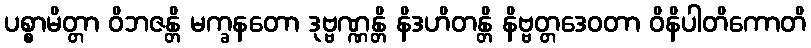
ပစ္စာမိတ္တာ ဝိဘဇန္တိ မက္ခနတော ဒုဗ္ဗဏ္ဏန္တိ နိဒဟိတန္တိ နိဗ္ဗတ္တဒေဝတာ ဝိနိပါတိကောတိ